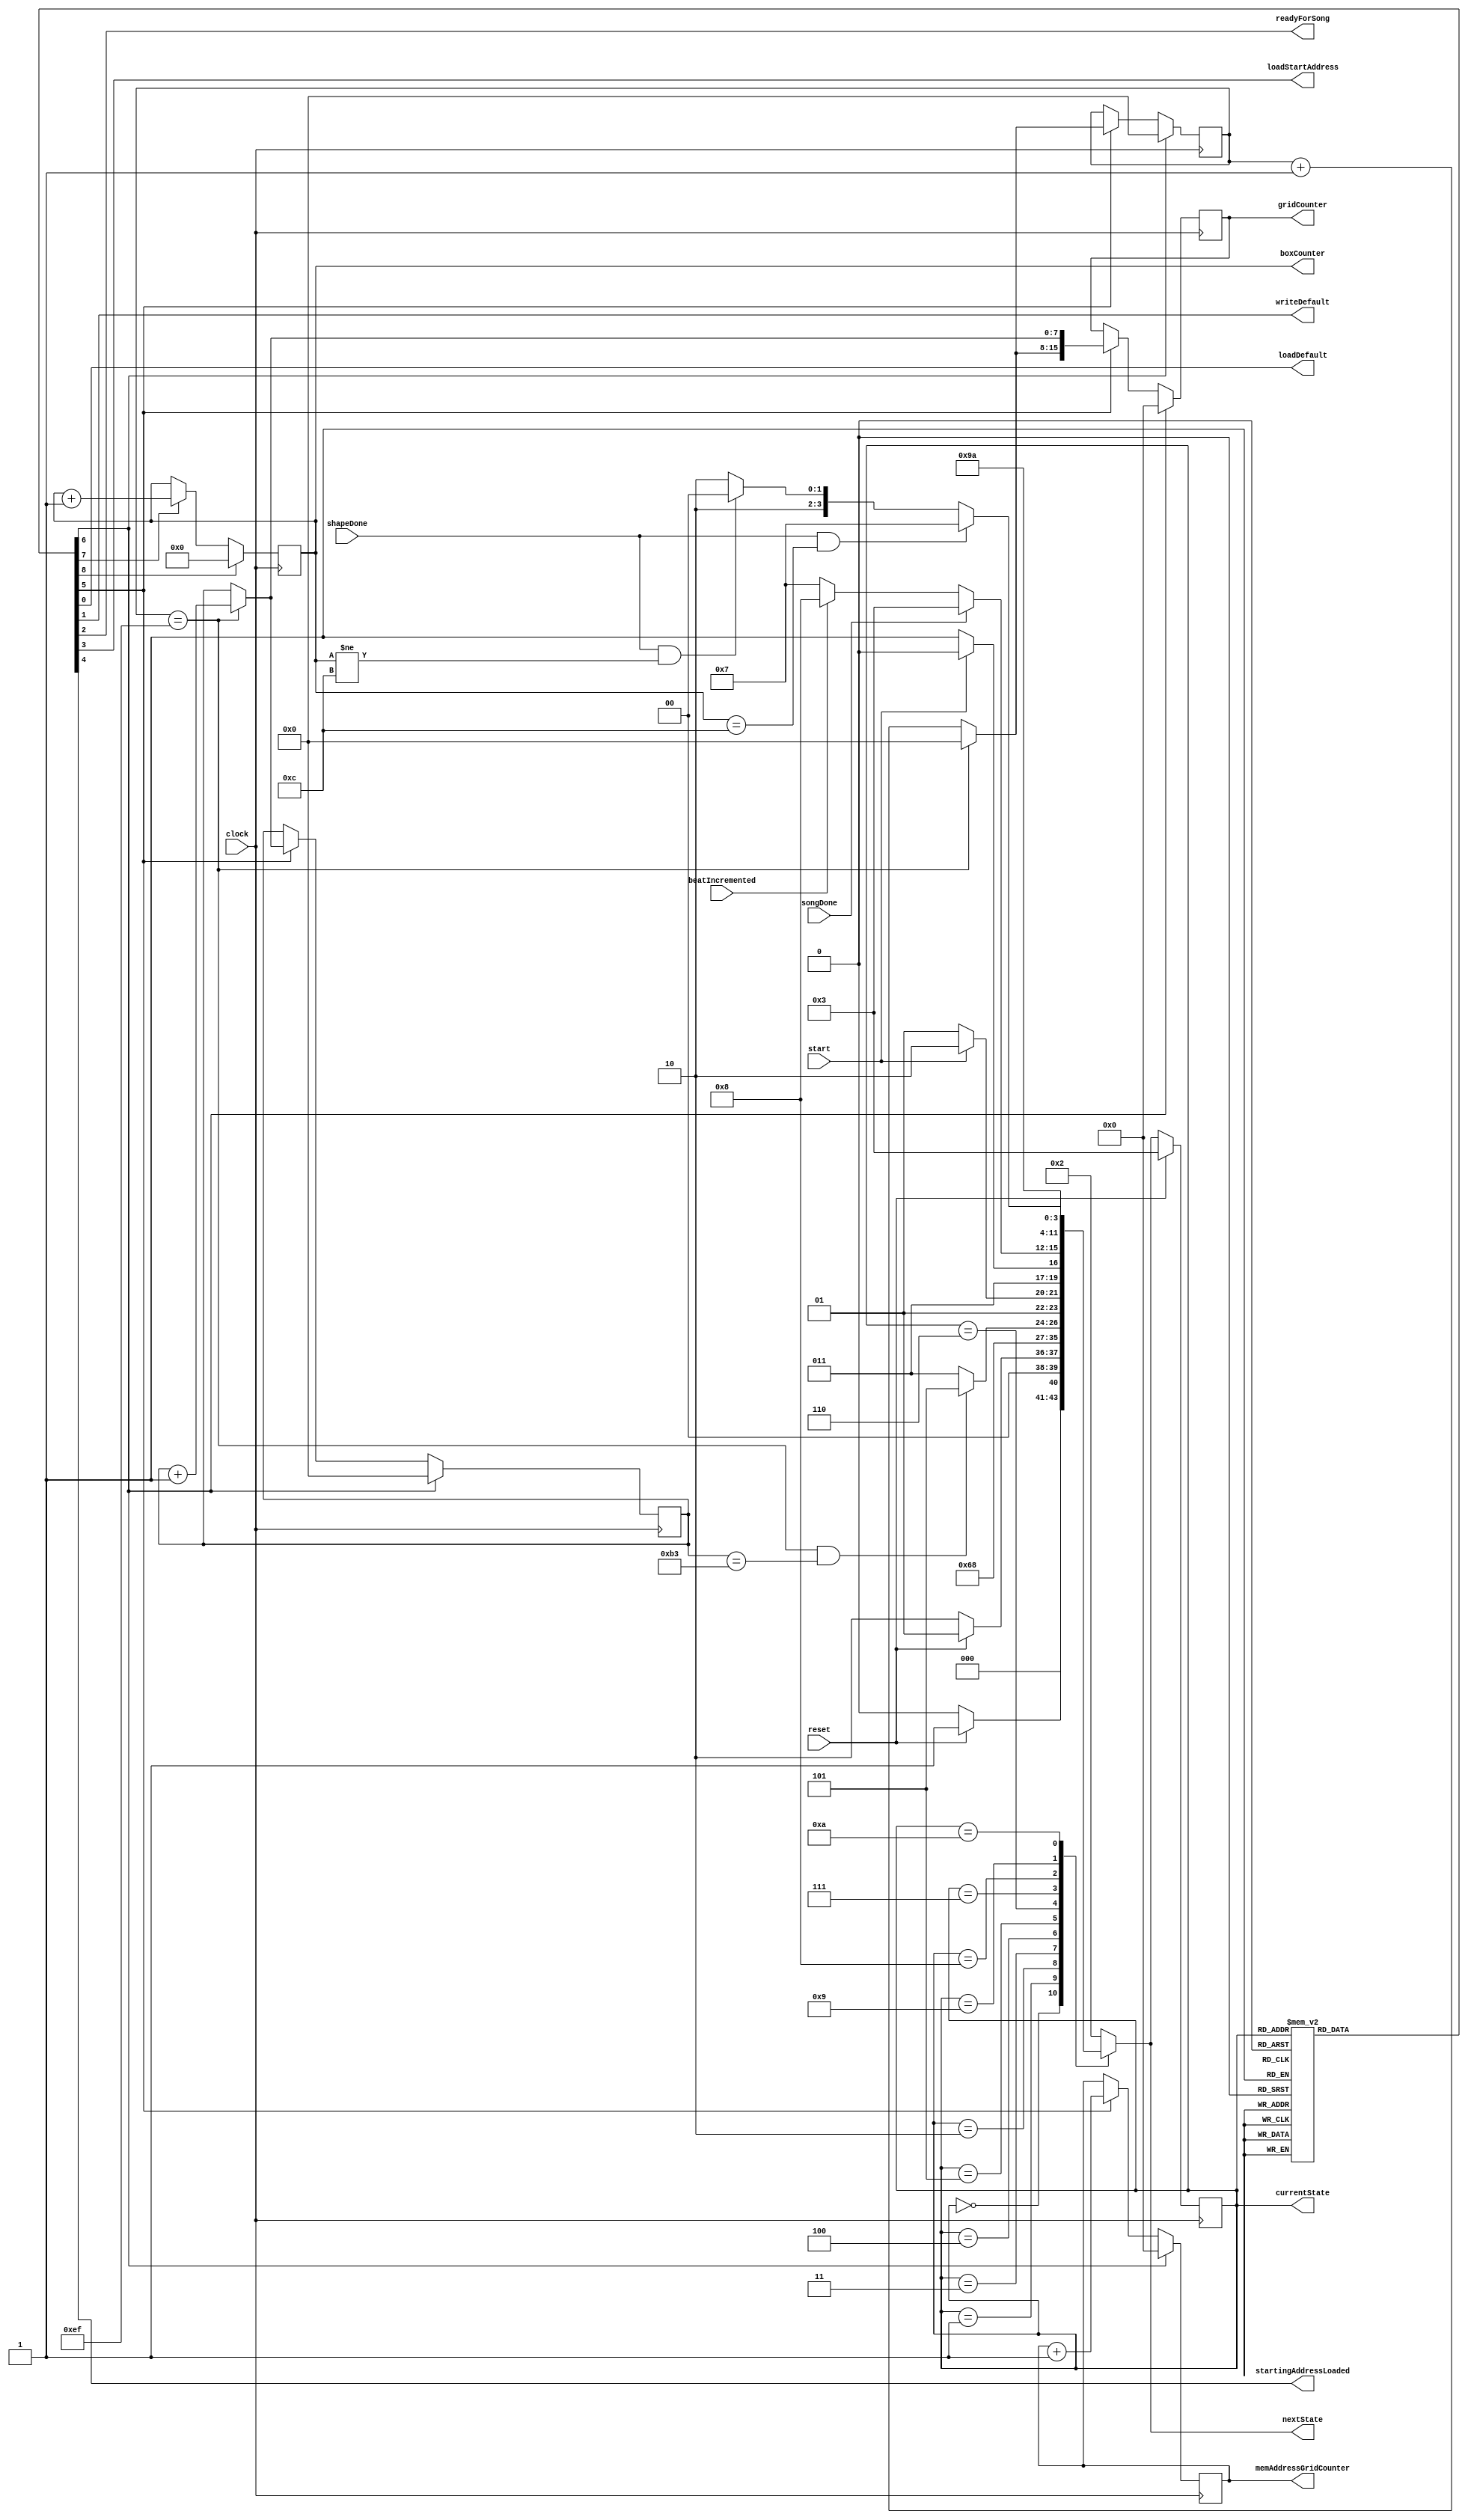
module FSM2 (clock, reset, start, beatIncremented, songDone, shapeDone, loadDefault, 
	writeDefault, readyForSong, loadStartAddress, startingAddressLoaded, gridCounter, memAddressGridCounter, boxCounter, currentState, nextState);

input clock;
input start;
input reset;
input beatIncremented;
input songDone;
input shapeDone;
output reg loadDefault;
output reg writeDefault;
output reg readyForSong;
output reg loadStartAddress;
output reg startingAddressLoaded;
	output reg [15:0]gridCounter, memAddressGridCounter; //240*180 = 43200 in binary - 16 bits
//output reg [1:0]boxCounter; //3 boxes - 3 in binary is 11
output reg [3:0]boxCounter; //12 boxes - 12 in binary is 1100
output reg [3:0] currentState, nextState;

	reg [7:0] xCount;
	reg [7:0] yCount;

//reg [3:0]currentState, nextState; //1011 = 11 in binary - 4 bits needed
reg enableGridCounter, resetGridCounter, 
	enableBoxCounter, resetBoxCounter;

localparam 	state_reset = 4'b0000,
			state_resetWait = 4'b0001,
			state_idle = 4'b0010,
			state_loadDefault = 4'b0011,
			state_writeDefault= 4'b0100,
			state_start = 4'b0101,
			state_startWait = 4'b0110,
			state_waitForSong = 4'b0111,
			state_loadBoxCoordinate = 4'b1000,
			state_drawShape = 4'b1001,
			state_waitForShape = 4'b1010;

always@(*)
	begin: state_table
	case(currentState)
		state_reset: nextState = reset ? state_resetWait : state_reset;
		state_resetWait: nextState = reset ? state_resetWait : state_idle;
		state_idle: nextState = state_loadDefault;
		state_loadDefault: nextState = state_writeDefault;
		state_writeDefault: nextState = (xCount == 8'd239 && yCount == 8'd179) ? state_start : state_loadDefault;
		state_start: nextState = start ? state_startWait : state_start;
		state_startWait: nextState = start ? state_startWait : state_waitForSong;
		state_waitForSong: begin
			if (songDone) nextState = /*state_idle*/ state_loadDefault;
			else if (beatIncremented) nextState = state_loadBoxCoordinate;
			else nextState = state_waitForSong;
		end
		state_loadBoxCoordinate: nextState = state_drawShape;
		state_drawShape: nextState = state_waitForShape;
		state_waitForShape: begin
			if (shapeDone & boxCounter == 4'd12) nextState = state_waitForSong; //this will have to be changed in scale up
			else if (shapeDone & boxCounter != 4'd12) nextState = state_loadBoxCoordinate; //this will have to be changed in scale up
			else nextState = state_waitForShape;
		end
		default: nextState = state_idle;
	endcase
end		

always @(*)
	begin: enable_signals
		loadDefault = 1'b0;
		writeDefault = 1'b0;
		readyForSong = 1'b0;
		loadStartAddress = 1'b0;
		startingAddressLoaded = 1'b0;
		enableBoxCounter = 1'b0;
		resetBoxCounter = 1'b0;
		enableGridCounter = 1'b0;
		resetGridCounter = 1'b0;

	case (currentState)
		state_reset: begin
			//nothing
		end
		state_resetWait: begin
			//nothing
		end
		state_idle: begin
			resetGridCounter = 1'b1;
		end
		state_loadDefault: begin
			loadDefault = 1'b1;
		end
		state_writeDefault: begin
			writeDefault = 1'b1;
			enableGridCounter = 1'b1;
		end
		state_start: begin
			resetGridCounter = 1'b1;
		end
		state_startWait: begin
			//nothing?
		end
		state_waitForSong: begin
			readyForSong = 1'b1;
			resetBoxCounter = 1'b1;
			resetGridCounter = 1'b1;

		end
		state_loadBoxCoordinate: begin
			loadStartAddress = 1'b1;
		end
		state_drawShape: begin
			startingAddressLoaded = 1'b1;
			enableBoxCounter = 1'b1; //is this the right place to enableBoxCounter???
			//box counter must be enables after start address is loaded, but should be in a state that is only hit once at a time

		end
		state_waitForShape: begin
			//nothing? its a wait state
		end

	endcase		
end
	
always @ (posedge clock) begin
	if (resetGridCounter) begin
		gridCounter = 16'd0;
		memAddressGridCounter = 16'd0;
		xCount = 8'd0;
		yCount = 8'b0;
	end
	else if (enableGridCounter) begin
		if (xCount == 8'd239) begin
			yCount = yCount + 8'd1;
			xCount = 8'd0;
			memAddressGridCounter = memAddressGridCounter + 16'd1;
		end
		else begin
			memAddressGridCounter = memAddressGridCounter + 16'd1;
			xCount = xCount + 8'd1;
		end
		gridCounter = {xCount, yCount};
	end
end

always @ (posedge clock) begin //this will have to be changed in scale up
	if (resetBoxCounter) boxCounter = 4'd0;
	else if (enableBoxCounter) boxCounter = boxCounter + 4'd1;
end

always @ (posedge clock)
begin: state_FFs
	if(reset)
		currentState <= /*state_resetWait*/ state_loadDefault; //is this needed? probably yea
	else begin
		currentState <= nextState;
	end
end


endmodule